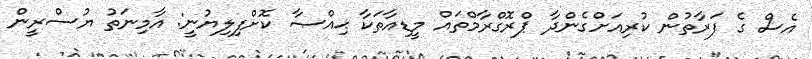
އެސް ގެ ފަރާތުން ކުރިއަށްގެންދާ ޕްރޮގްރާމްތައް މީޑިއާތަކާ ޙިއްޞާ ކޮށްފިލިޔުނީ: އާމިނަތު ޔުސްރީން